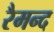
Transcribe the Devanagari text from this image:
रैमन्द